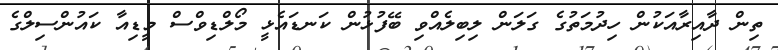
ތިން ދާއިރާއަކުން ހިދުމަތުގެ ގަލަން ލިބިލެއްވި ބޭފުޅުން ކަނޑައެޅީ މޯލްޑިވްސް މީޑިއާ ކައުންސިލްގެ